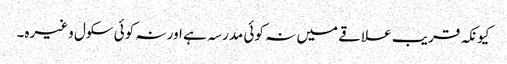
کیونکہ قریب علاقے میں نہ کوئی مدرسہ ہے اور نہ کوئی سکول وغیرہ۔